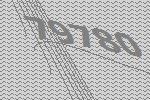
79780